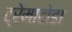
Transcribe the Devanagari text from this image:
ट्रेमाटोडा